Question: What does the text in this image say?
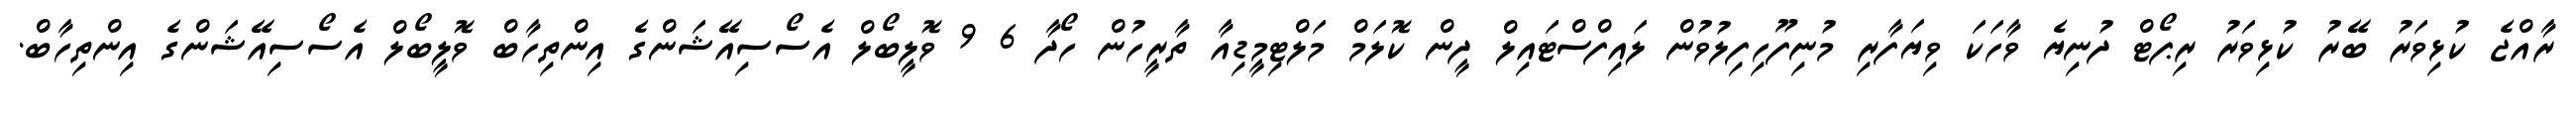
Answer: ރާއްޖެ ކުޅިވަރު ބޭރު ކުޅިވަރު ރިޕޯޓް ދުނިޔެ ވާހަކަ ވިޔަފާރި މުނިފޫހިފިލުވުން ލައިފްސްޓައިލް ދީން ކޮލަމް މަލްޓިމީޑިއާ ތާރީހުން ހޯދާ 6 9 ވޮލީބޯލް އެސޯސިއޭޝަންގެ އިންތިހާބް ވޮލީބޯލް އެސޯސިއޭޝަންގެ އިންތިހާބް.